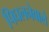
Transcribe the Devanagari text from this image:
पिघलनेवाले